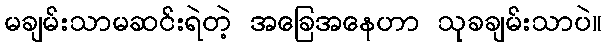
မချမ်းသာမဆင်းရဲတဲ့ အခြေအနေဟာ သုခချမ်းသာပဲ။